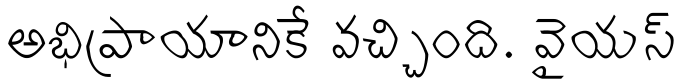
అభిప్రాయానికే వచ్చింది. వైయస్